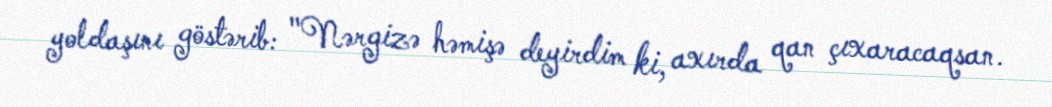
yoldaşını göstərib: "Nərgizə həmişə deyirdim ki, axırda qan çıxaracaqsan.